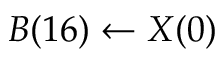
B ( 1 6 ) \leftarrow X ( 0 )